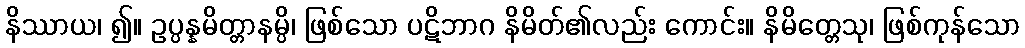
နိဿာယ၊ ၍။ ဥပ္ပန္နမိတ္တာနမ္ပိ၊ ဖြစ်သော ပဋိဘာဂ နိမိတ်၏လည်း ကောင်း။ နိမိတ္တေသု၊ ဖြစ်ကုန်သော